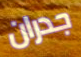
جدران